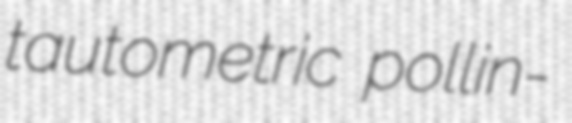
tautometric pollin-